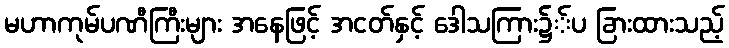
မဟာကုမ်ပဏီကြီးများ အနေဖြင့် အငတ်နှင့် ဒေါသကြား၌်ပ ခြားထားသည့်